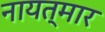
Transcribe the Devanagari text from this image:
नायत्मार